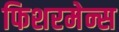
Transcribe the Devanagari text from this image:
फिशरमेन्स